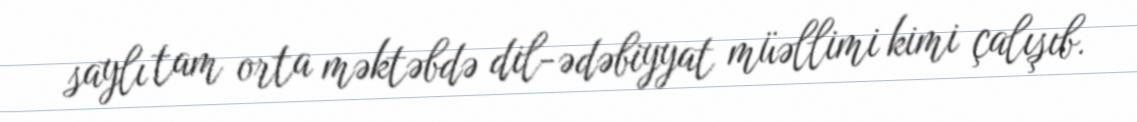
saylı tam orta məktəbdə dil-ədəbiyyat müəllimi kimi çalışıb.